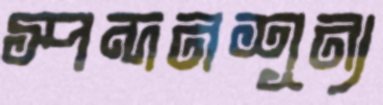
স্পন্দনশূন্য